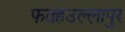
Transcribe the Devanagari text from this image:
फतहउल्लापुर